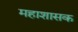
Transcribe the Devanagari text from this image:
महाशासक